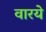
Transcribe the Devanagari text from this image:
वारये